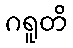
ဂရူတိ